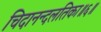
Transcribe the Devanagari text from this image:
चिदानन्दलतिका॥६॥